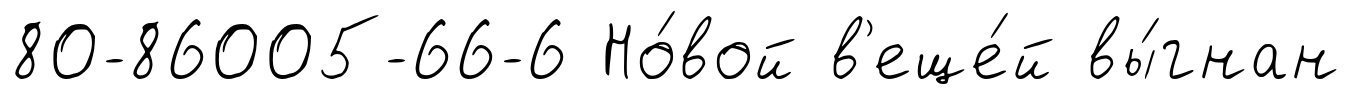
80-86005-66-6 Но́вой в'еще́й вы́гнан